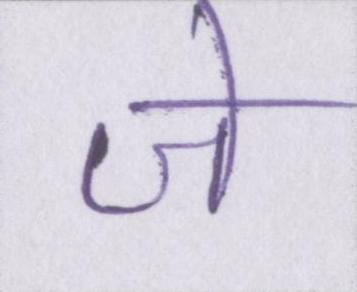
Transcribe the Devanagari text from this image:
जे